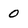
Character: 0